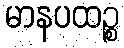
မာနပထဉ္စ